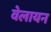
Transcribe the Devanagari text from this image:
वेलायन